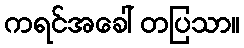
ကရင်အခေါ် တပြသာ။